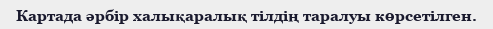
Картада әрбір халықаралық тілдің таралуы көрсетілген.